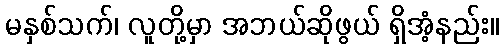
မနှစ်သက်၊ လူတို့မှာ အဘယ်ဆိုဖွယ် ရှိအံ့နည်း။